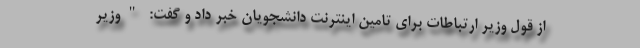
از قول وزیر ارتباطات برای تامین اینترنت دانشجویان خبر داد و گفت: "وزیر